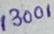
Text: 13001